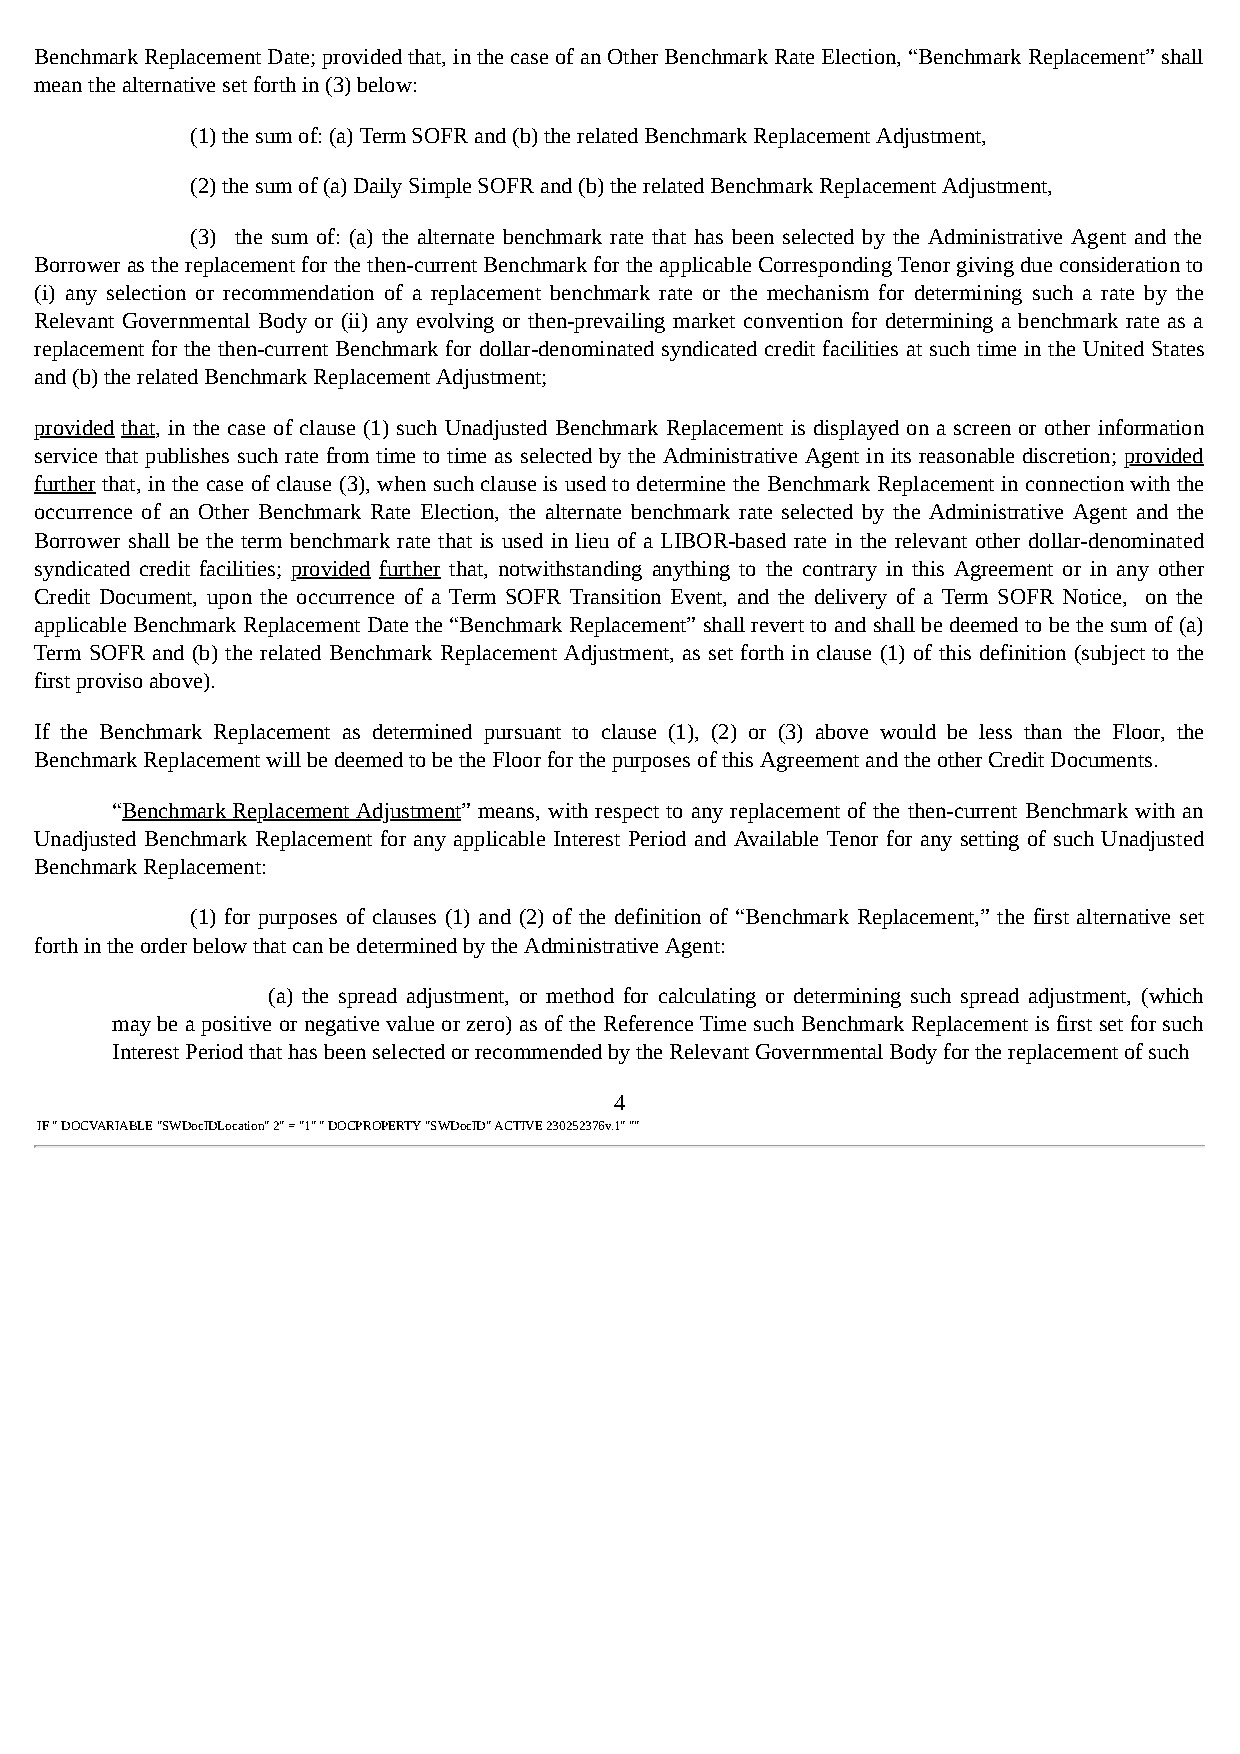
Benchmark Replacement Date; provided that, in the case of an Other Benchmark Rate Election, “Benchmark Replacement” shall
 mean the alternative set forth in (3) below:
 (1) the sum of: (a) Term SOFR and (b) the related Benchmark Replacement Adjustment,
 (2) the sum of (a) Daily Simple SOFR and (b) the related Benchmark Replacement Adjustment,
 (3) the sum of: (a) the alternate benchmark rate that has been selected by the Administrative Agent and the
 Borrower as the replacement for the then-current Benchmark for the applicable Corresponding Tenor giving due consideration to
 (i) any selection or recommendation of a replacement benchmark rate or the mechanism for determining such a rate by the
 Relevant Governmental Body or (ii) any evolving or then-prevailing market convention for determining a benchmark rate as a
 replacement for the then-current Benchmark for dollar-denominated syndicated credit facilities at such time in the United States
 and (b) the related Benchmark Replacement Adjustment;
 provided that, in the case of clause (1) such Unadjusted Benchmark Replacement is displayed on a screen or other information
 service that publishes such rate from time to time as selected by the Administrative Agent in its reasonable discretion; provided
 further that, in the case of clause (3), when such clause is used to determine the Benchmark Replacement in connection with the
 occurrence of an Other Benchmark Rate Election, the alternate benchmark rate selected by the Administrative Agent and the
 Borrower shall be the term benchmark rate that is used in lieu of a LIBOR-based rate in the relevant other dollar-denominated
 syndicated credit facilities; provided further that, notwithstanding anything to the contrary in this Agreement or in any other
 Credit Document, upon the occurrence of a Term SOFR Transition Event, and the delivery of a Term SOFR Notice, on the
 applicable Benchmark Replacement Date the “Benchmark Replacement” shall revert to and shall be deemed to be the sum of (a)
 Term SOFR and (b) the related Benchmark Replacement Adjustment, as set forth in clause (1) of this definition (subject to the
 first proviso above).
 If the Benchmark Replacement as determined pursuant to clause (1), (2) or (3) above would be less than the Floor, the
 Benchmark Replacement will be deemed to be the Floor for the purposes of this Agreement and the other Credit Documents.
 “Benchmark Replacement Adjustment” means, with respect to any replacement of the then-current Benchmark with an
 Unadjusted Benchmark Replacement for any applicable Interest Period and Available Tenor for any setting of such Unadjusted
 Benchmark Replacement:
 (1) for purposes of clauses (1) and (2) of the definition of “Benchmark Replacement,” the first alternative set
 forth in the order below that can be determined by the Administrative Agent:
 (a) the spread adjustment, or method for calculating or determining such spread adjustment, (which
 may be a positive or negative value or zero) as of the Reference Time such Benchmark Replacement is first set for such
 Interest Period that has been selected or recommended by the Relevant Governmental Body for the replacement of such
 4
 IF " DOCVARIABLE "SWDocIDLocation" 2" = "1" " DOCPROPERTY "SWDocID" ACTIVE 230252376v.1" ""